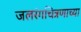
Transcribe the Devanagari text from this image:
जलरंगचित्रणाच्या